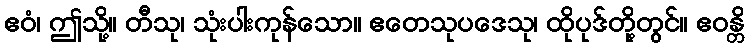
ဧဝံ၊ ဤသို့။ တီသု၊ သုံးပါးကုန်သော။ ဧတေသုပဒေသု၊ ထိုပုဒ်တို့တွင်။ ဧဝန္တိ